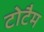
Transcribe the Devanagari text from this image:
टोटैम